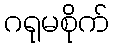
ဂရုမစိုက်